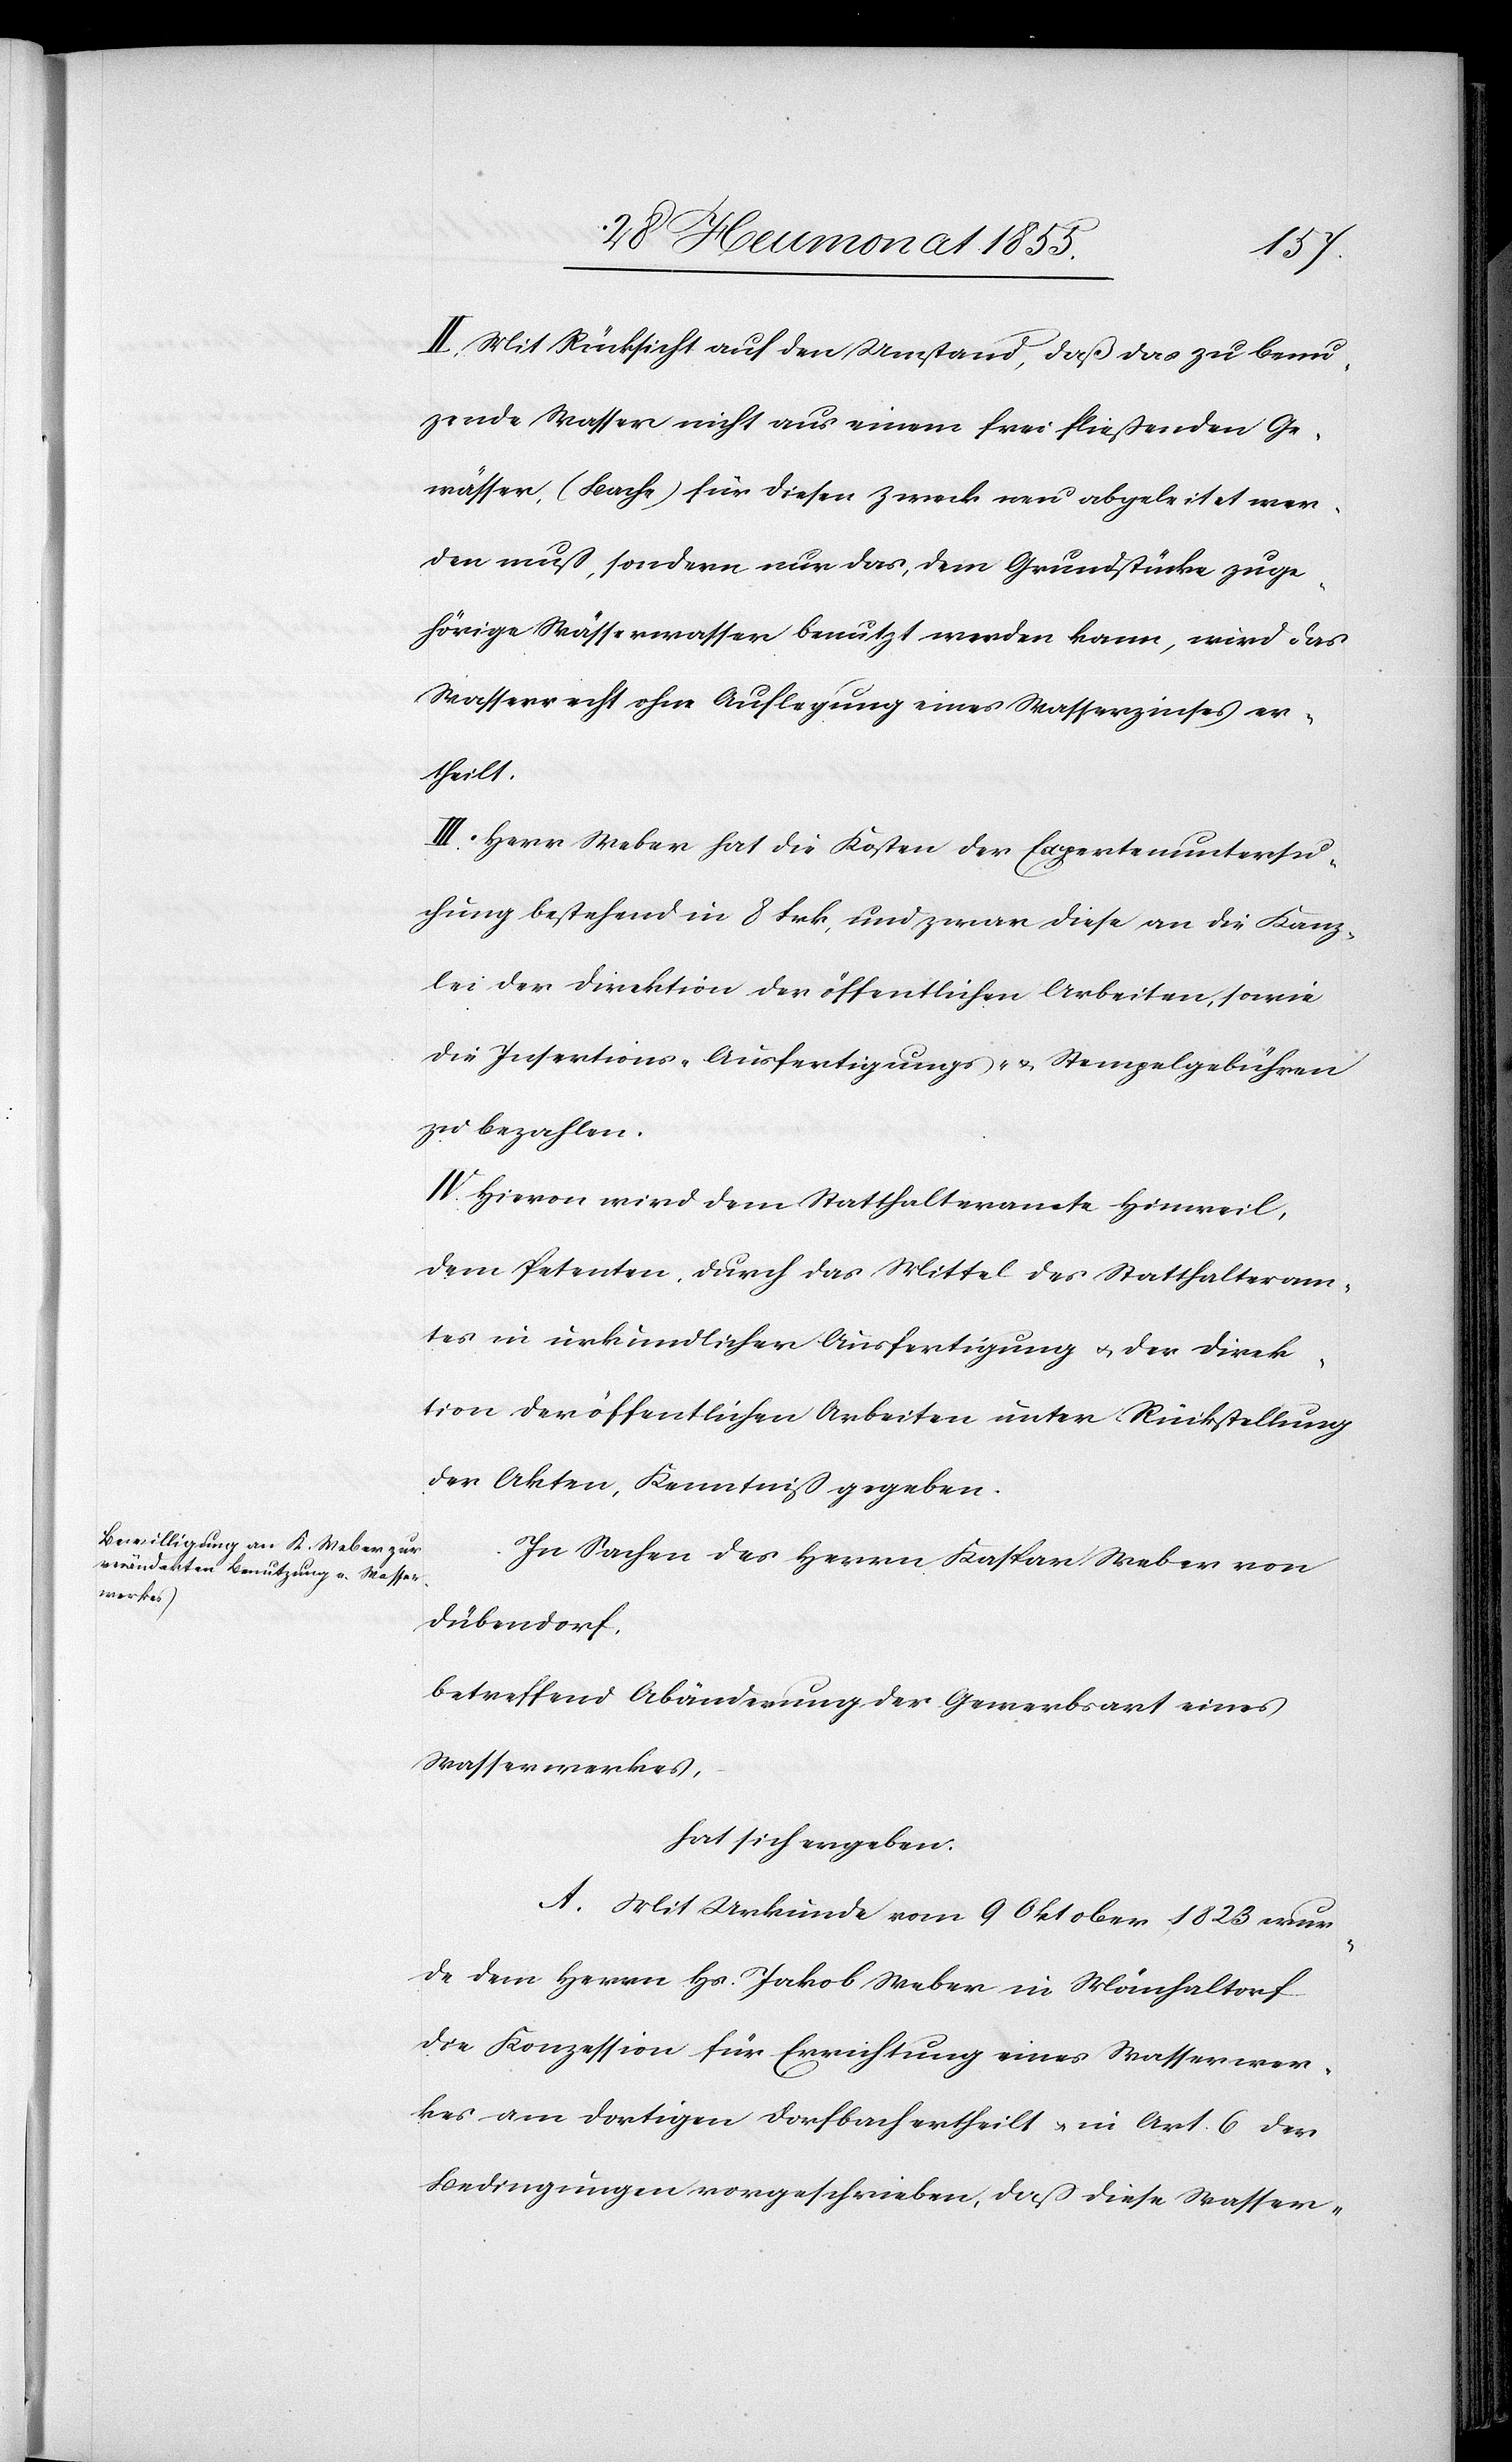
II. Mit Rücksicht auf den Umstand, daß das zu benu¬
zende Wasser nicht aus einem frei fließenden Ge¬
wässer, (Bache) für diesen Zweck neu abgeleitet wer¬
den muß, sondern nur das, dem Grundstücke zuge¬
hörige Wässerwasser benutzt werden kann, wird das
Wasserrecht ohne Auflegung eines Wasserzinses er¬
theilt.
III. Herr Weber hat die Kosten der Expertenuntersu¬
chung bestehend in 8 Frk, und zwar diese an die Kanz¬
lei der Direktion der öffentlichen Arbeiten, sowie
die Insertions-[,] Ausfertigungs- & Stempelgebühren
zu bezahlen.
IV. Hievon wird dem Statthalteramte Hinweil,
dem Petenten, durch das Mittel des Statthalteram¬
tes in urkundlicher Ausfertigung & der Direk¬
tion der öffentlichen Arbeiten unter Rückstellung
der Akten, Kenntniß gegeben.
In Sachen des Herrn Kaspar Weber von
Dübendorf,
betreffend Abänderung der Gewerbsart eines
Wasserwerkes,
hat sich ergeben:
A. Mit Urkunde vom 9 Oktober 1823 wur¬
de dem Herrn Hs. Jakob Weber in Mönchaltorf
die Konzession für Errichtung eines Wasserwer¬
kes am dortigen Dorfbach ertheilt & in Art. 6 der
Bedingungen vorgeschrieben, daß diese Wasser-